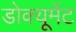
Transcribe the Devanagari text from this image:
डोक्यूमेंट